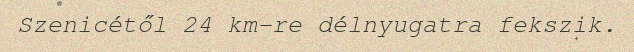
Szenicétől 24 km-re délnyugatra fekszik.